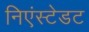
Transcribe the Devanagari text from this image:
निएंस्टेडट